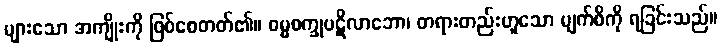
များသော အကျိုးကို ဖြစ်စေတတ်၏။ ဓမ္မစက္ခုပဋိလာဘော၊ တရားတည်းဟူသော မျက်စိကို ရခြင်းသည်။